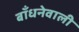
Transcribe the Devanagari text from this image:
बाँधनेवाली